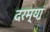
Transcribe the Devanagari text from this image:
दरम्‍यां